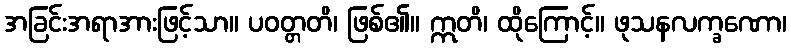
အခြင်းအရာအားဖြင့်သာ။ ပဝတ္တတိ၊ ဖြစ်၏။ ဣတိ၊ ထိုကြောင့်။ ဖုသနလက္ခဏော၊